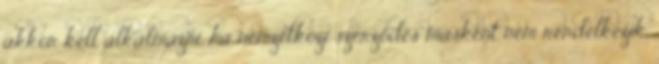
akkor kell alkalmazni, ha nemzetközi szerződés másként nem rendelkezik.